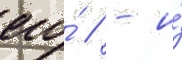
его́ / - и́